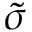
\widetilde { \sigma }